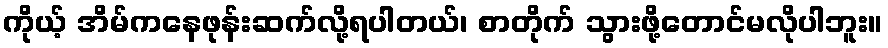
ကိုယ့် အိမ်ကနေဖုန်းဆက်လို့ရပါတယ်၊ စာတိုက် သွားဖို့တောင်မလိုပါဘူး။